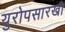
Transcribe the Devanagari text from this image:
युरोपसारखी